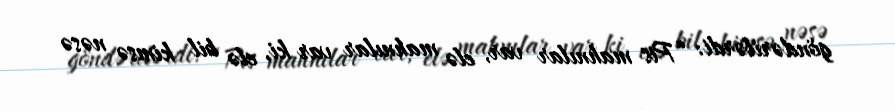
göndərilərdi: “Pis mahnılar var, elə mahnılar var ki, elə bil kimsə nəsə